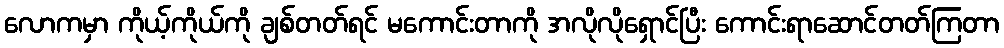
လောကမှာ ကိုယ့်ကိုယ်ကို ချစ်တတ်ရင် မကောင်းတာကို အလိုလိုရှောင်ပြီး ကောင်းရာဆောင်တတ်ကြတာ